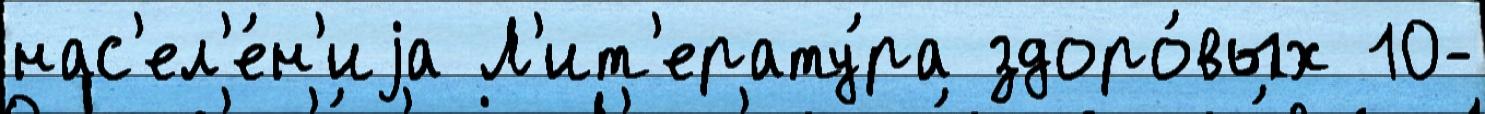
нас'ел'е́н'иjа Л'ит'ерату́ра здоро́вых 10-